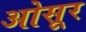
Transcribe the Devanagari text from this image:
ओसूर